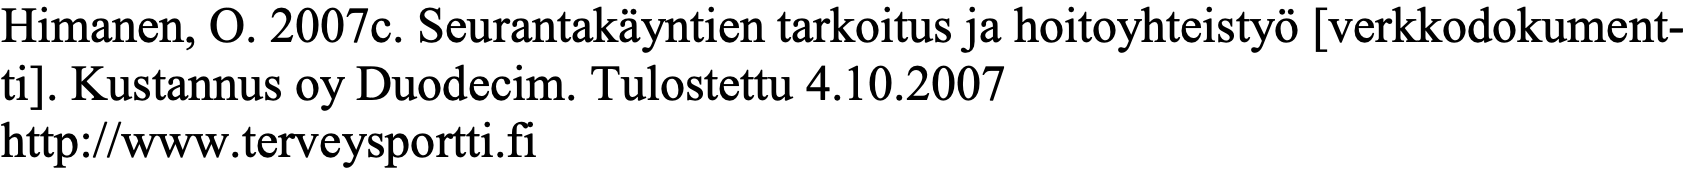
Himanen, O. 2007c. Seurantakäyntien tarkoitus ja hoitoyhteistyö [verkkodokument- ti]. Kustannus oy Duodecim. Tulostettu 4.10.2007 http://www.terveysportti.fi